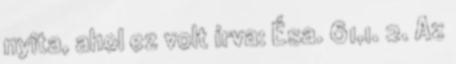
nyita, ahol ez volt írva: Ésa. 61,1. 2. Az